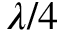
\lambda / 4